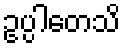
ဥပ္ပါတေသိ